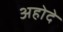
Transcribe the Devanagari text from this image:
अहोदे